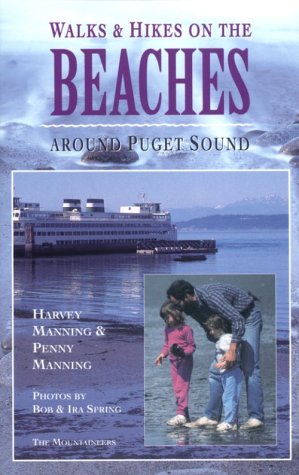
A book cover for Walks and Hikes on the Beaches Around Puget Sound (Walks and Hikes Series) VI; Harvey Manning; Travel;